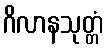
ဂိလာနသုတ္တံ